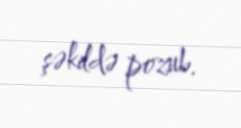
şəkildə pozub.